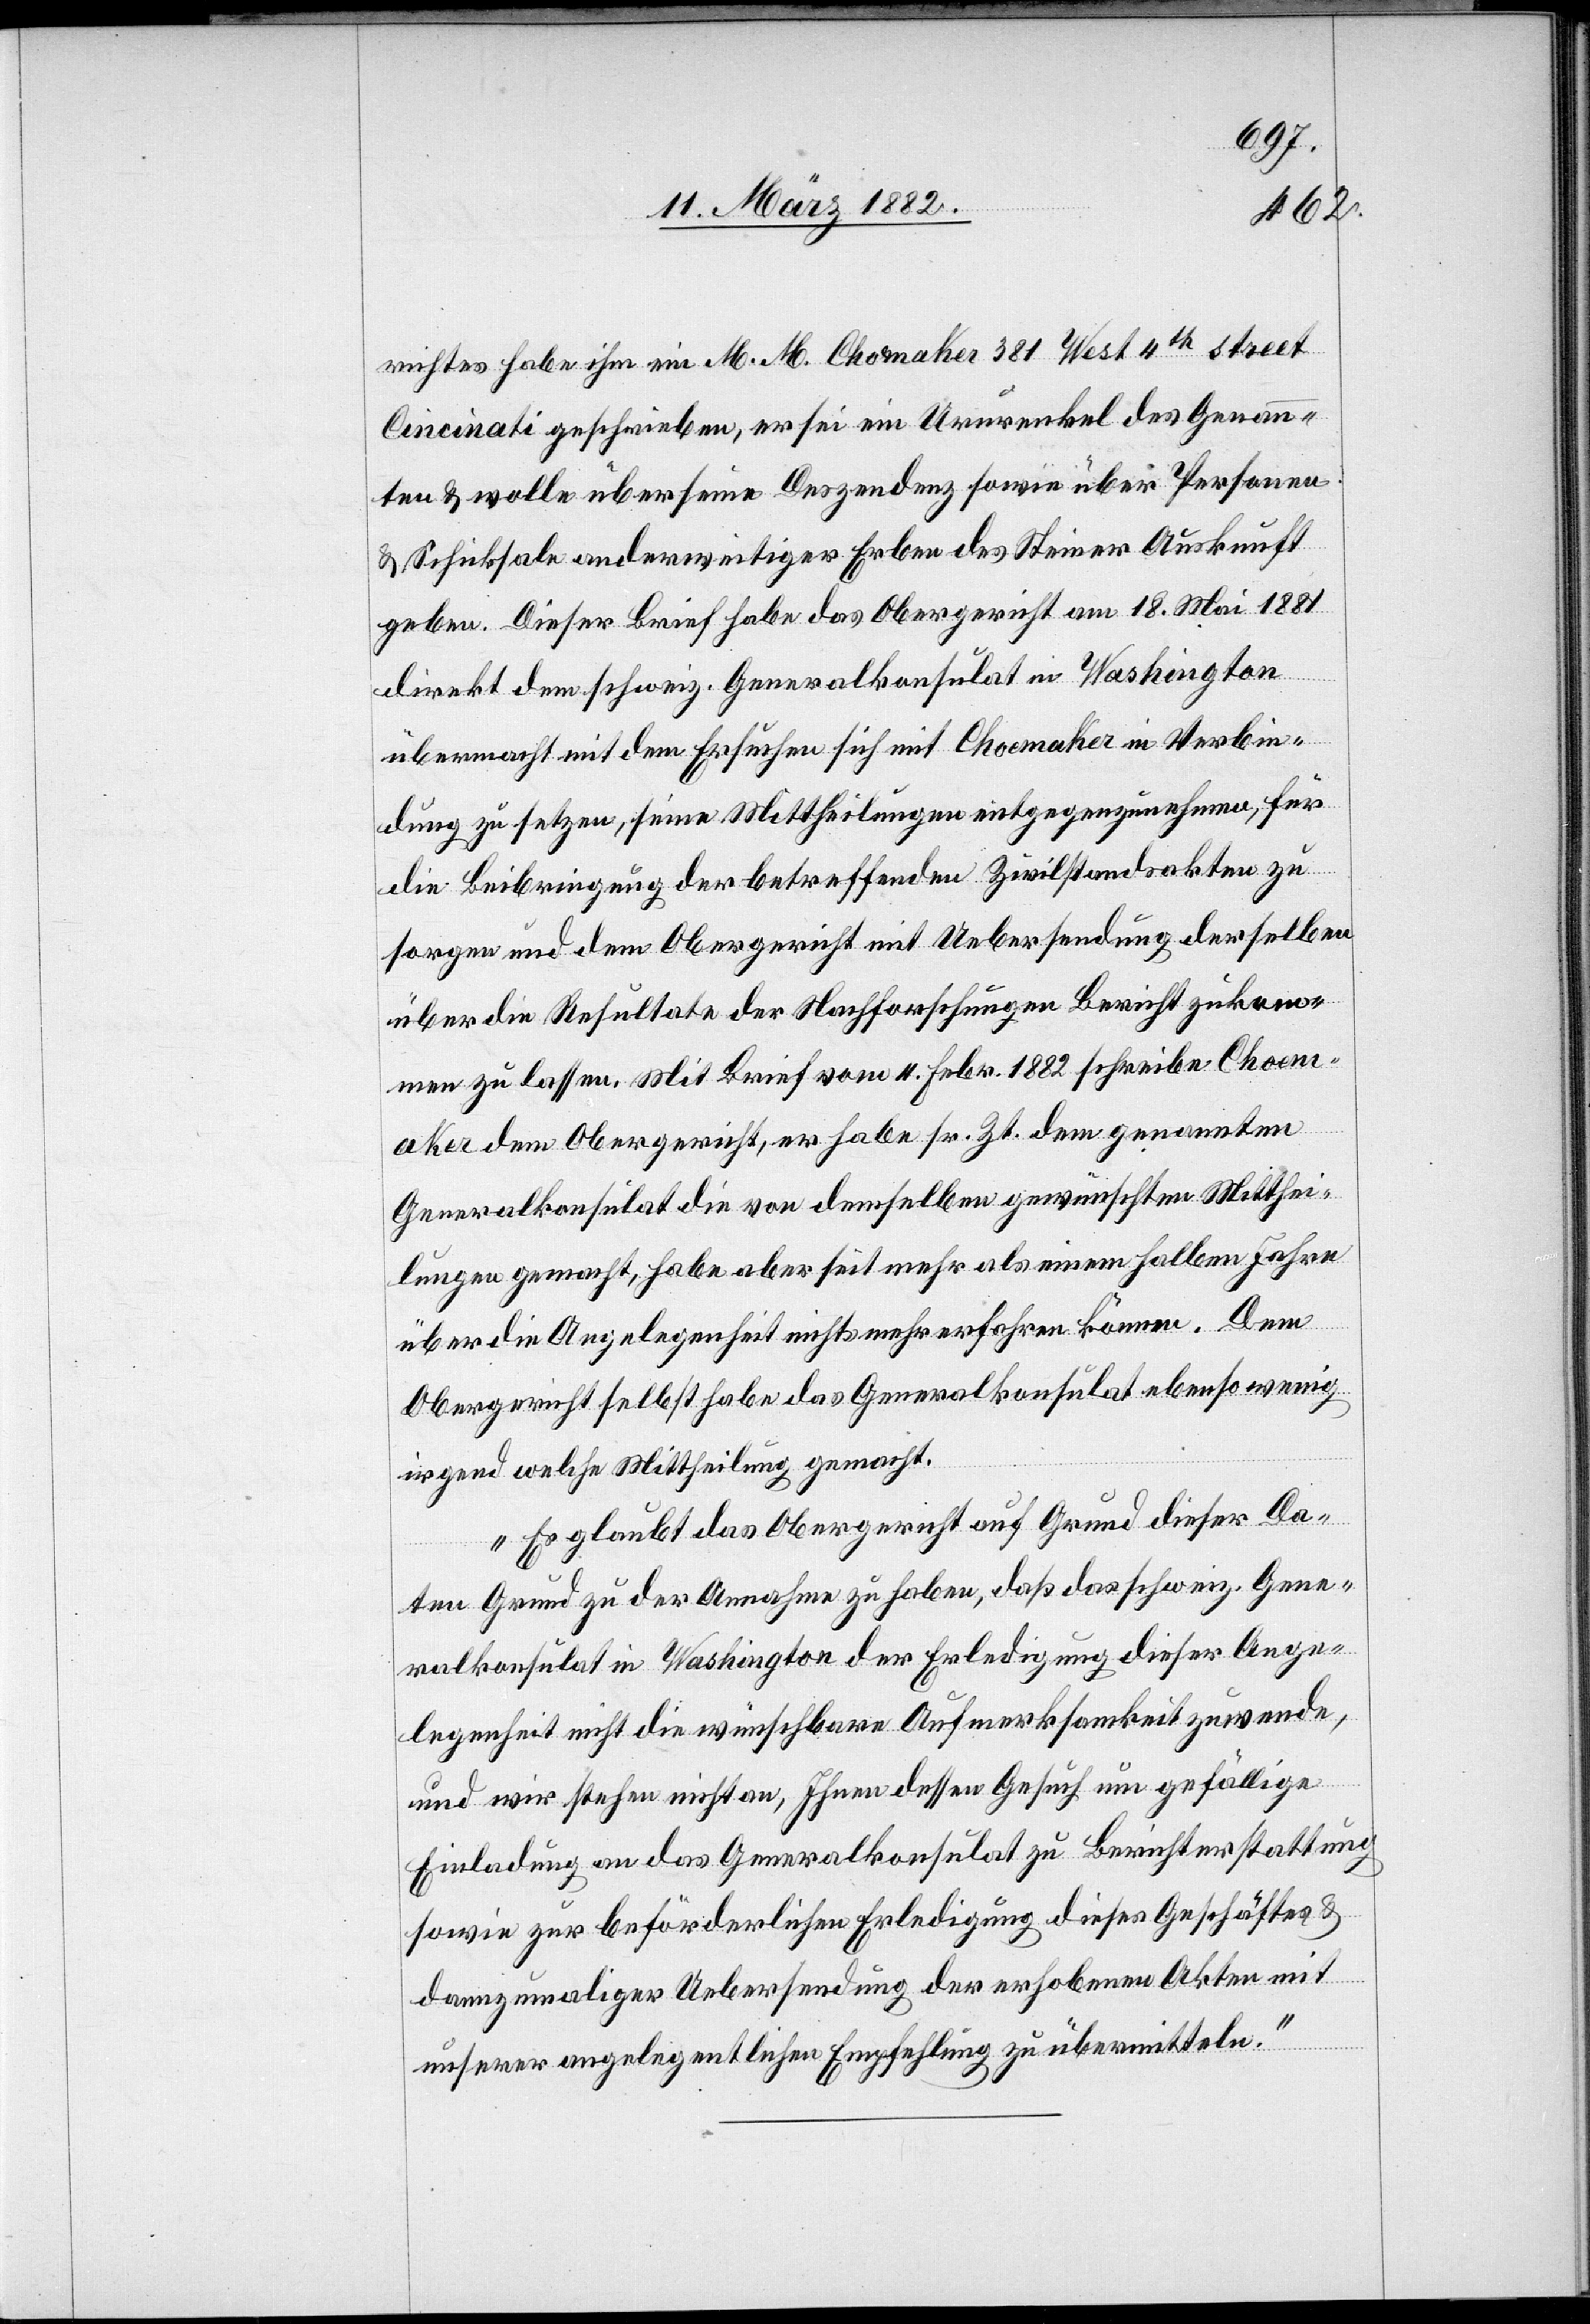
richtes habe ihm ein M. M. Choemaher 381 West 4th street
Cincinati geschrieben, er sei ein Ururenkel des Genann¬
ten & wolle über seine Deszendenz sowie über Personen
& Schicksale anderweitiger Erben des Steiner Auskunft
geben. Dieser Brief habe das Obergericht am 18. Mai 1881
ungen
direkt dem schweiz. Generalkonsulat in Washington
übermacht mit dem Ersuchen sich mit Choemaher in Verbin¬
dung zu setzen, seine Mittheilungen entgegenzusehen, für
die Beibringung der betreffenden Zivilstandsakten zu
sorgen und dem Obergericht mit Uebersendung derselben
über die Resultate der Nachforschungen Bericht zukom¬
men zu lassen. Mit Brief vom 4. Febr. 1882 schreibe Choem¬
aher dem Obergericht, er habe sr. Zt. dem genannten
Generalkonsulat die von demselben gewünschten Mittheil¬
Es glaubt das Obergericht auf Grund dieser Da¬
ten Grund zu der Annahme zu haben, daß das schweiz. Gene¬
ralkonsulat in Washington der Erledigung dieser Ange¬
legenheit nicht die wünschbare Aufmerksamkeit zuwende,
und wir stehen nicht an, Ihnen dessen Gesuch um gefällige
Einladung an das Generalkonsulat zu Berichterstattung
sowie zur beförderlichen Erledigung dieses Geschäftes &
dannzumaliger Uebersendung der erhobenen Akten mit
unserer angelegentlichen Empfehlung zu übermitteln.